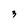
Character: 3